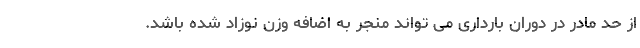
از حد مادر در دوران بارداری می تواند منجر به اضافه وزن نوزاد شده باشد.